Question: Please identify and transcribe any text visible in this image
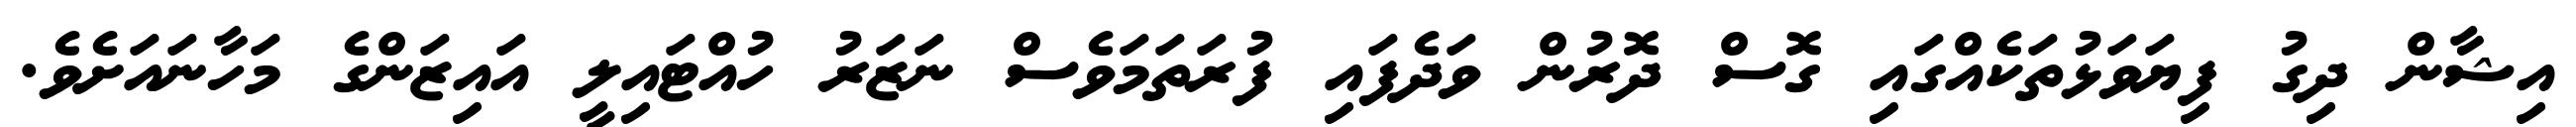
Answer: އިޝާން ދިގު ފިޔަވަޅުތަކެއްގައި ގޮސް ދޮރުން ވަދެފައި ފުރަތަމަވެސް ނަޒަރު ހުއްޓައިލީ އައިޒަންގެ މަހާނައަށެވެ.